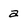
Character: a